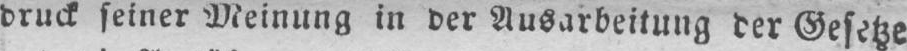
druck seiner Meinung in der Ausarbeitung der Gesetze